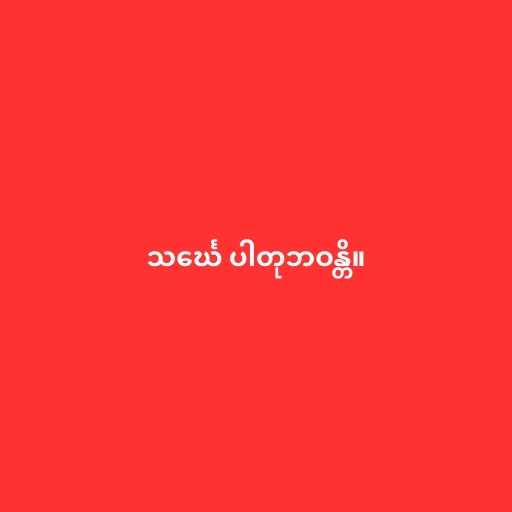
သင်္ဃေ ပါတုဘဝန္တိ။